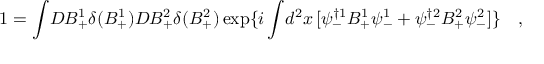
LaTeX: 1 = \int \! D B _ { + } ^ { 1 } \delta ( B _ { + } ^ { 1 } ) D B _ { + } ^ { 2 } \delta ( B _ { + } ^ { 2 } ) \exp \{ i \int \! d ^ { 2 } x \, [ \psi _ { - } ^ { \dagger 1 } B _ { + } ^ { 1 } \psi _ { - } ^ { 1 } + \psi _ { - } ^ { \dagger 2 } B _ { + } ^ { 2 } \psi _ { - } ^ { 2 } ] \} \quad ,